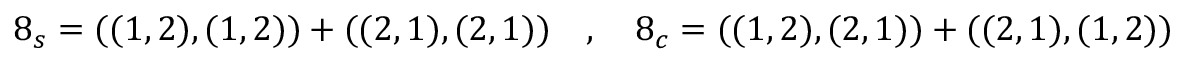
8 _ { s } = ( ( 1 , 2 ) , ( 1 , 2 ) ) + ( ( 2 , 1 ) , ( 2 , 1 ) ) ~ ~ ~ , ~ ~ ~ 8 _ { c } = ( ( 1 , 2 ) , ( 2 , 1 ) ) + ( ( 2 , 1 ) , ( 1 , 2 ) )